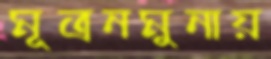
মূত্রনমুনায়